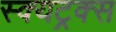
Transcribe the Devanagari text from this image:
स्क्यट्रक्स